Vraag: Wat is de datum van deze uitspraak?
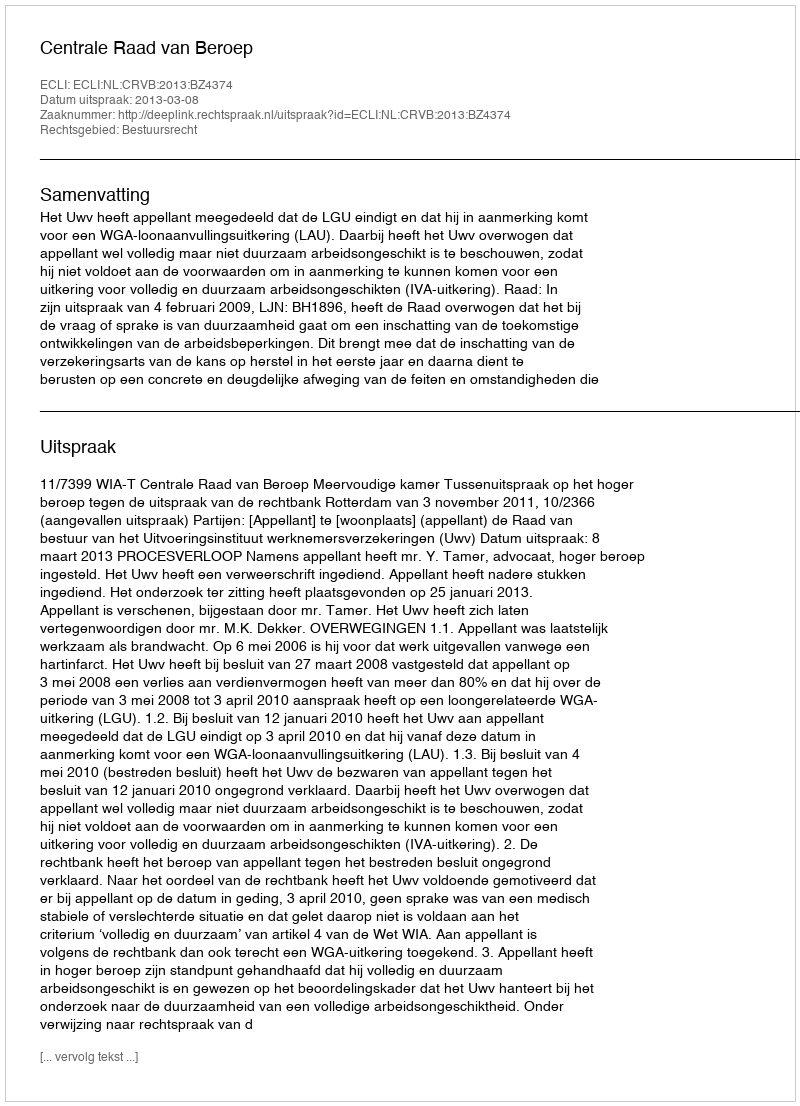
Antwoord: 2013-03-08